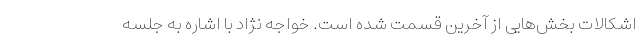
اشکالات بخش‌هایی از آخرین قسمت شده است. خواجه نژاد با اشاره به جلسه